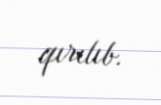
qırılıb.